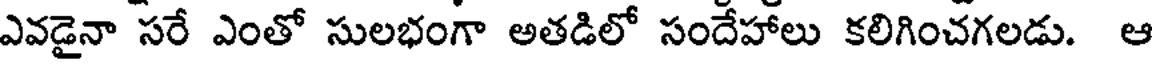
ఎవడైనా సరే ఎంతో సులభంగా అతడిలో సందేహాలు కలిగించగలడు. ఆ